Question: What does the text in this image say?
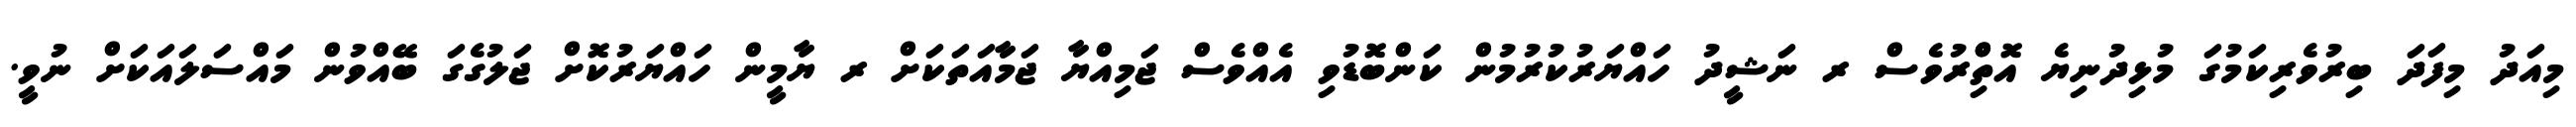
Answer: މިއަދު މިފަދަ ބިރުވެރިކަމުގަ މުޅިދުނިޔެ އޮތްްިރުވެސް ރ ނަޝީދު ހައްޔަރުކުރުމުން ކަންބޮޑުވި އެއްވެސް ޖަމިއްޔާ ޖަމާއަތަކަށް ރ ޔާމީން ހައްޔަރުކޮށް ޖަލުގެގަ ބޭއްވުން މައްސަލައަކަށް ނުވީ.